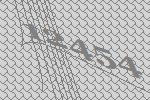
12454